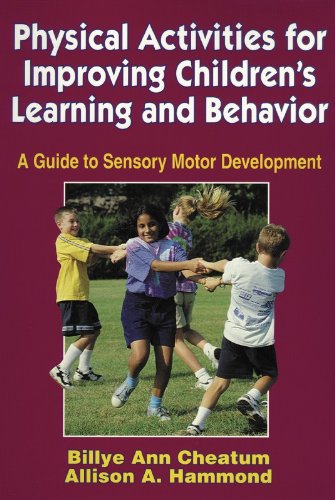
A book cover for Physical Activities for Improving Children's Learning and Behavior; Billye Ann Cheatum; Health, Fitness & Dieting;